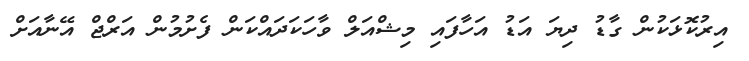
އިރުކޮޅަކުން ގާޑު ދިޔަ އަޑު އަހާފައި މިޝްއަލް ވާހަކަދައްކަން ފެށުމުން އަރްޖް އޭނާއަށް